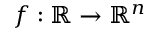
f : \mathbb { R } \to \mathbb { R } ^ { n }